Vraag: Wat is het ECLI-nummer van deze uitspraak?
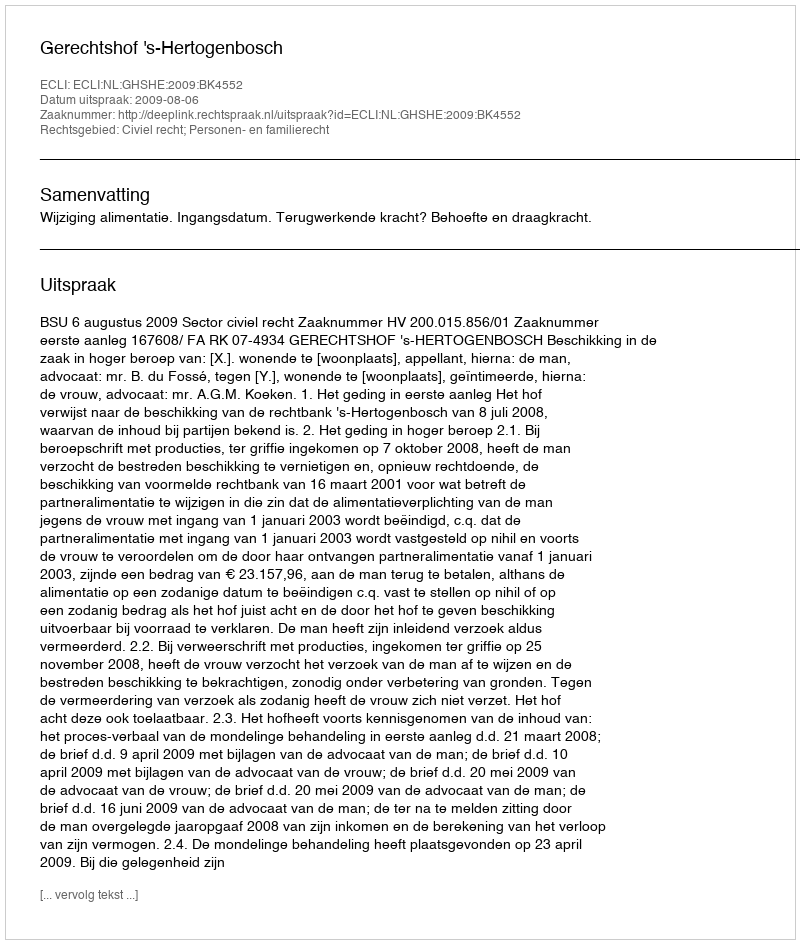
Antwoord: ECLI:NL:GHSHE:2009:BK4552